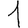
Digit: 1